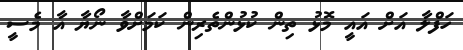
ހަފްލާ އަށް އައީ މޮޅު ތިން ކުޅުންތެރިން ކަމަށްވާ ނޯޔާ އާ މެސީ